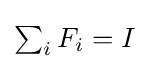
{\textstyle \sum _{i}F_{i}=I}